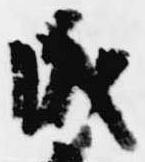
成